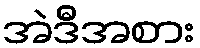
အဲဒီအစား